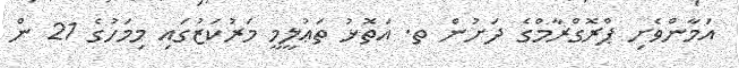
އަމާންވެށި ޕްރޮގްރާމްގެ ދަށުން ތ. އަތޮޅު ތަޢުލީމީ މަރުކަޒުގައި މިމަހުގެ 21 ން